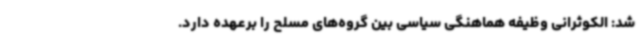
شد: الکوثرانی وظیفه هماهنگی سیاسی بین گروه‌های مسلح را برعهده دارد.